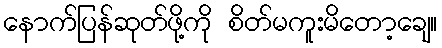
နောက်ပြန်ဆုတ်ဖို့ကို စိတ်မကူးမိတော့ချေ။